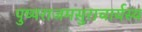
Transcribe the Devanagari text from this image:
पुष्पराजमसुराचार्यस्य